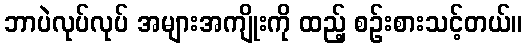
ဘာပဲလုပ်လုပ် အများအကျိုးကို ထည့် စဉ်းစားသင့်တယ်။